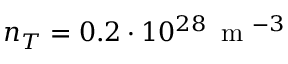
n _ { T } = 0 . 2 \cdot 1 0 ^ { 2 8 } \, \mathrm { ~ m ~ } ^ { - 3 }